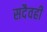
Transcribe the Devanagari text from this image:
सदैवही